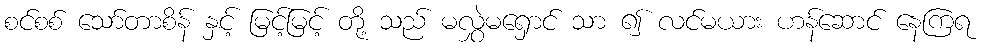
စင်စစ် သော်တာစိန် နှင့် မြင့်မြင့် တို့ သည် မလွှဲမရှောင် သာ ၍ လင်မယား ဟန်ဆောင် နေကြရ